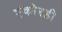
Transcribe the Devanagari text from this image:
एंकोरही